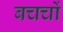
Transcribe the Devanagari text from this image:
बचचों